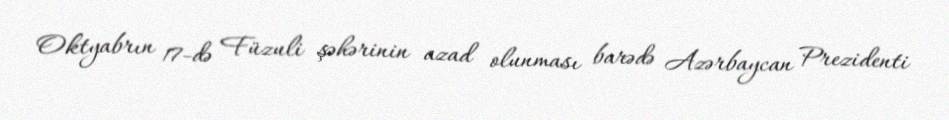
Oktyabrın 17-də Füzuli şəhərinin azad olunması barədə Azərbaycan Prezidenti